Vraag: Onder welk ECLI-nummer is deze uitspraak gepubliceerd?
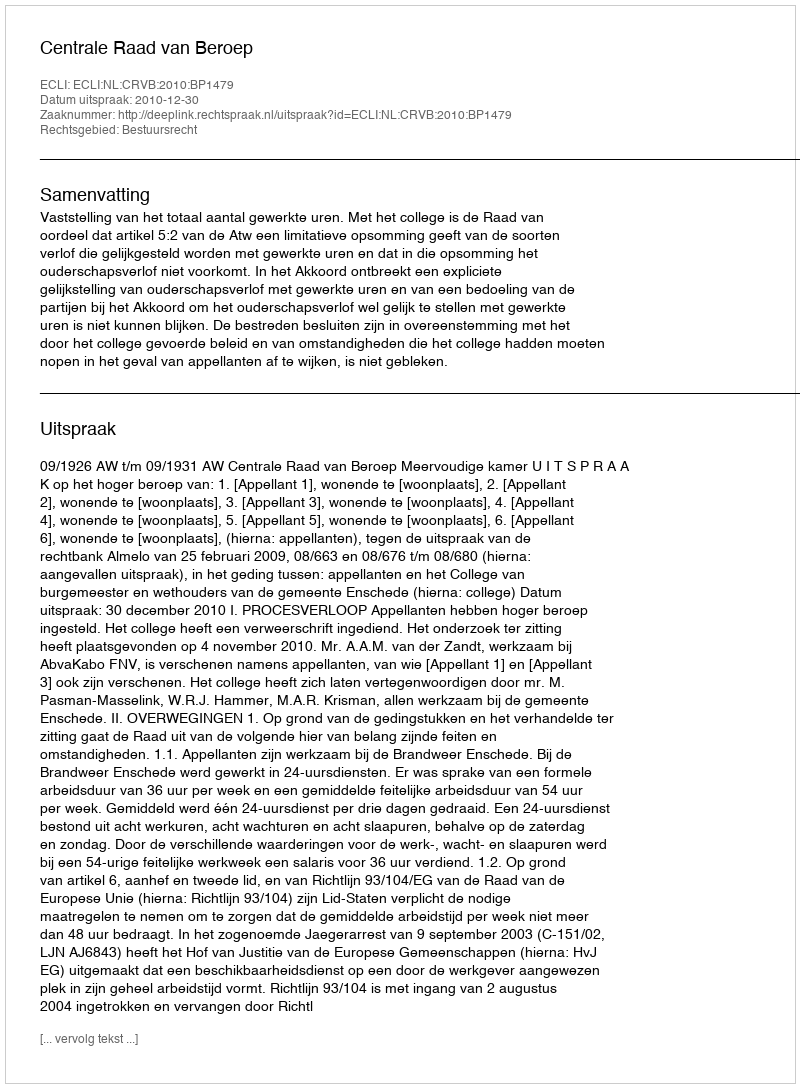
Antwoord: ECLI:NL:CRVB:2010:BP1479